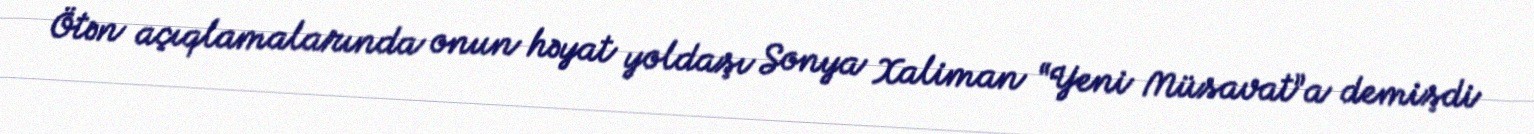
Ötən açıqlamalarında onun həyat yoldaşı Sonya Xaliman “Yeni Müsavat”a demişdi